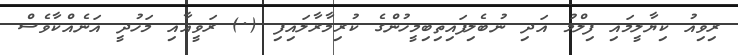
ރިވިއު ކިޔާލީމައި ފިލްމު އަދި ނުބެލިފައިތިބިމީހުންގެ ކުރިމާރާލައިފި (.) ރަވީއާއި މަހުދީ އަނެއްކާވެސް